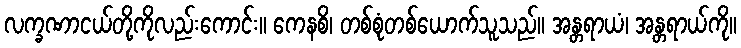
လက္ခဏာငယ်တို့ကိုလည်းကောင်း။ ကေနစိ၊ တစ်စုံတစ်ယောက်သူသည်။ အန္တရာယံ၊ အန္တရာယ်ကို။